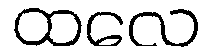
ထလေ